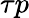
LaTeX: \tau p